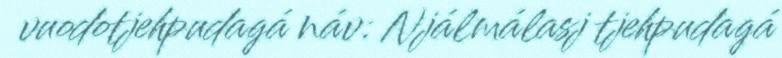
vuodotjehpudagá náv: Njálmálasj tjehpudagá